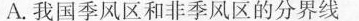
A.我国季风区和非季风区的分界线